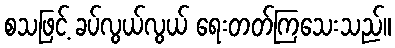
စသဖြင့် ခပ်လွယ်လွယ် ရေးတတ်ကြသေးသည်။